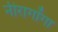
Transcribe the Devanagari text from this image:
नीरागोंगा